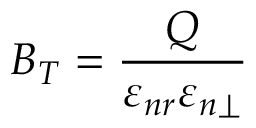
B _ { T } = \frac { Q } { \varepsilon _ { n r } \varepsilon _ { n \perp } }